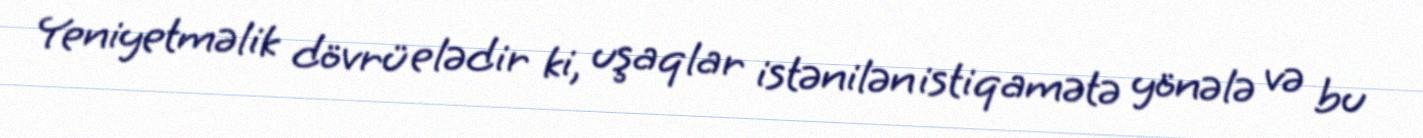
Yeniyetməlik dövrü elədir ki, uşaqlar istənilən istiqamətə yönələ və bu